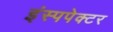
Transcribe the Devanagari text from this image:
इंस्पपेक्टर